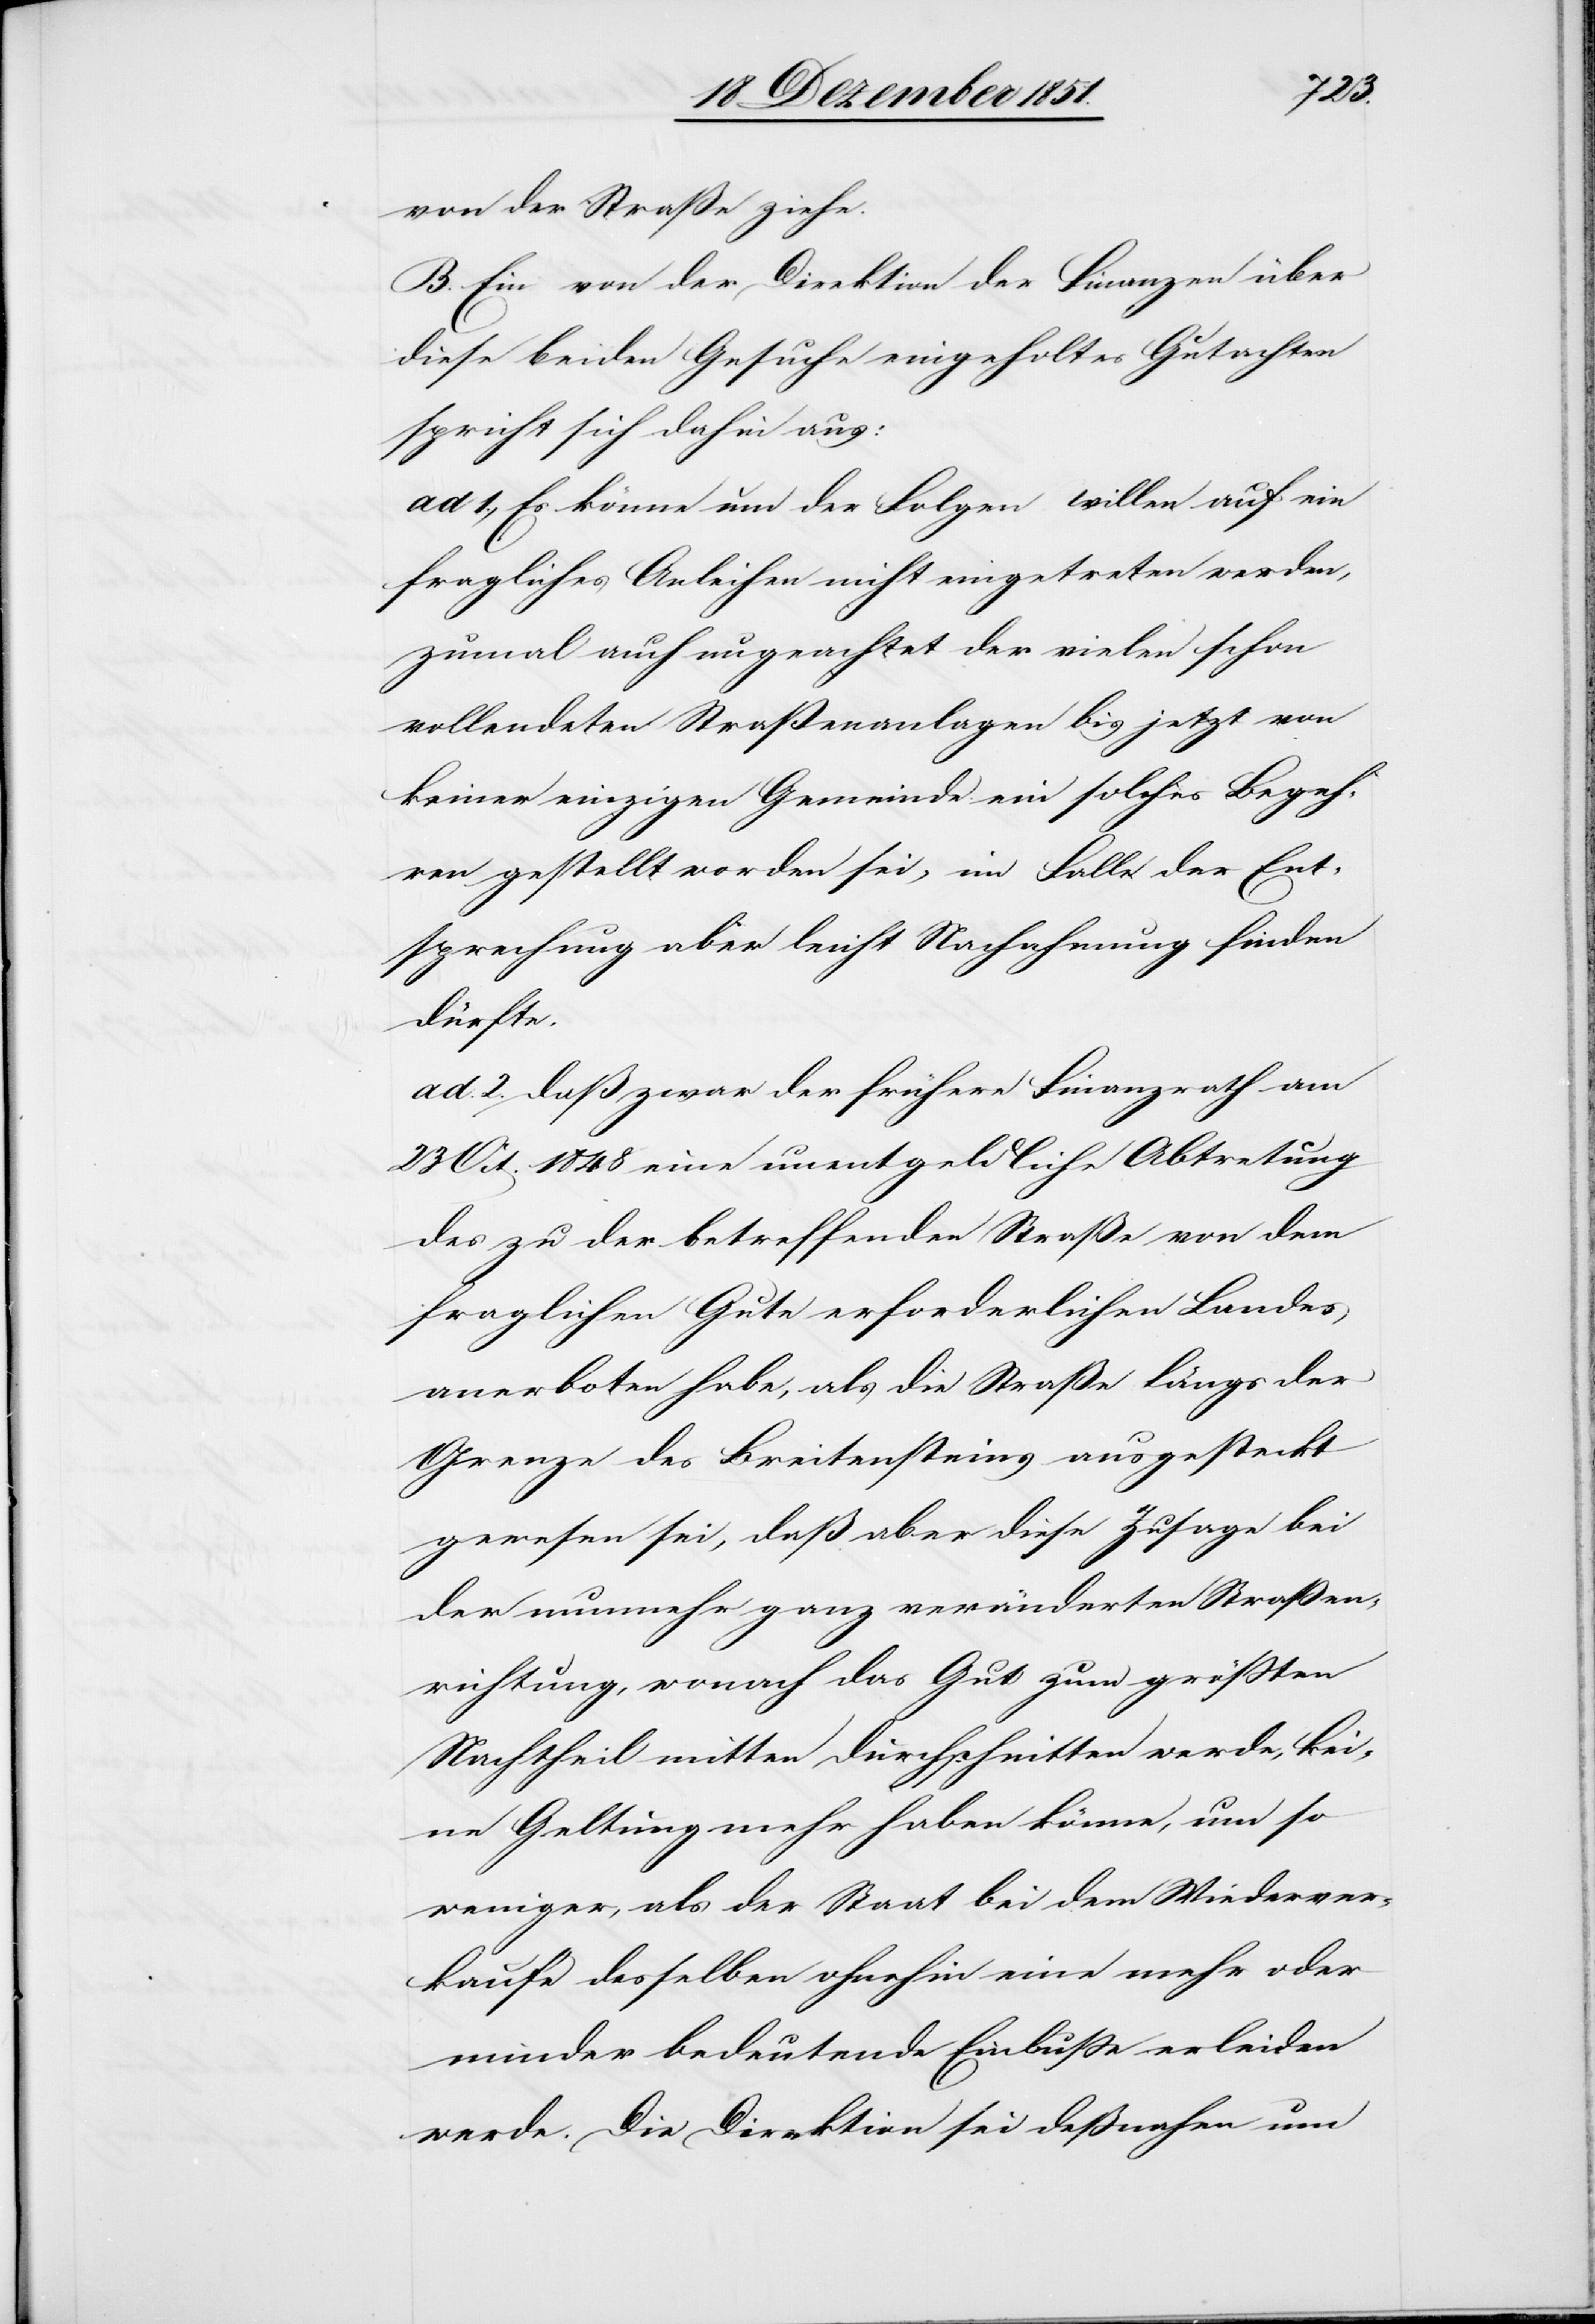
von der Straße ziehe.
B. Ein von der Direktion der Finanzen über
diese beiden Gesuche eingeholtes Gutachten
spricht sich dahin aus:
ad 1., Es könne um der Folgen willen auf ein
fragliches Anleihen nicht eingetreten werden,
zumal auch ungeachtet der vielen schon
vollendeten Straßenanlagen bis jetzt von
keiner einzigen Gemeinde ein solches Begeh¬
ren gestellt worden sei, im Falle der Ent¬
sprechung aber leicht Nachahmung finden
dürfte.
ad. 2. daß zwar der frühere Finanzrath am
23 Oct. 1848 eine unentgeldliche Abtretung
des zu der betreffenden Straße von dem
fraglichen Gute erforderlichen Landes
anerboten habe, als die Straße längs der
Grenze des Breitensteins ausgesteckt
gewesen sei, daß aber diese Zusage bei
der nunmehr ganz veränderten Straßen¬
richtung, wonach das Gut zum größten
Nachtheil mitten durchschnitten werde, kei¬
ne Geltung mehr haben könne, um so
weniger, als der Staat bei dem Wiederver¬
kaufe desselben ohnehin eine mehr oder
minder bedeutende Einbuße erleiden
werde. Die Direktion sei deßnahen um